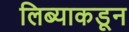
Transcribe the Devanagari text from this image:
लिब्याकडून